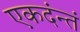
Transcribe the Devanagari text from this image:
एकदंन्तं